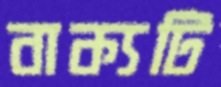
বাক্যটি